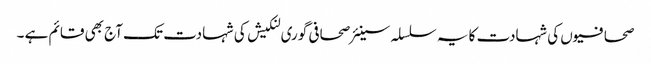
صحافیوں کی شہادت کا یہ سلسلہ سینئر صحافی گوری لنکیش کی شہادت تک آج بھی قائم ہے ۔